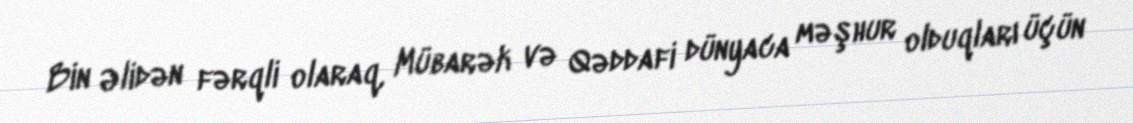
Bin Əlidən fərqli olaraq, Mübarək və Qəddafi dünyaca məşhur olduqları üçün